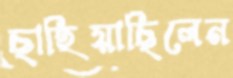
ছাহিয়াছিলেন